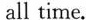
all time.